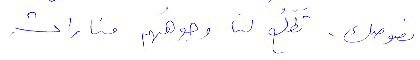
نصوصك. تطّلع لنا وجوههم منارات